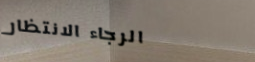
الرجاء الانتظار